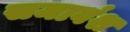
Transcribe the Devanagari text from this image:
समावंश